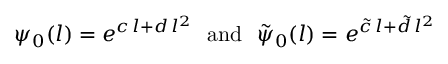
\psi _ { 0 } ( l ) = e ^ { c \, l + d \, l ^ { 2 } } \ \ \mathrm { a n d } \ \ \tilde { \psi } _ { 0 } ( l ) = e ^ { \tilde { c } \, l + \tilde { d } \, l ^ { 2 } }